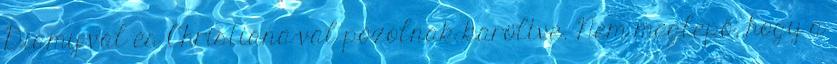
Diamy-val és Christiana-val pózolnak karöltve. Nem meglepő, hogy a